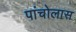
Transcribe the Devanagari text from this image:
पांचोलास